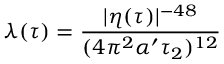
\lambda ( \tau ) = { \frac { | \eta ( \tau ) | ^ { - 4 8 } } { ( 4 \pi ^ { 2 } \alpha ^ { \prime } \tau _ { 2 } ) ^ { 1 2 } } }